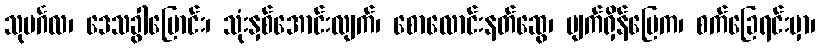
သုမင်္ဂလ၊ ဒေသခွါပြောင်း၊ သုံးနှစ်အောင်းလျက်၊ စောလောင်းနတ်ဆွေ၊ မျက်ရှိန်ပြေက၊ စက်ခြေရင်းမှာ၊